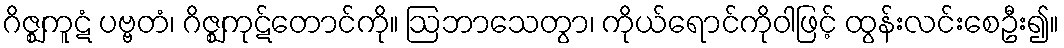
ဂိဇ္ဈကူဋံ ပဗ္ဗတံ၊ ဂိဇ္ဈကုဋ်တောင်ကို။ ဩဘာသေတွာ၊ ကိုယ်ရောင်ကိုဝါဖြင့် ထွန်းလင်းစေဦး၍။